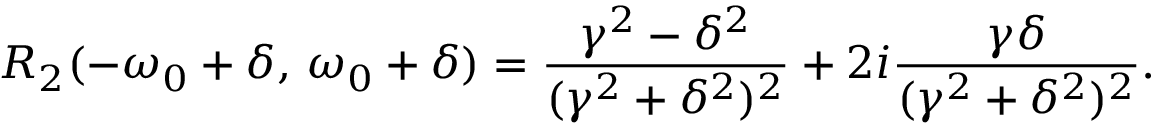
R _ { 2 } ( - \omega _ { 0 } + \delta , \, \omega _ { 0 } + \delta ) = \frac { \gamma ^ { 2 } - \delta ^ { 2 } } { ( \gamma ^ { 2 } + \delta ^ { 2 } ) ^ { 2 } } + 2 i \frac { \gamma \delta } { ( \gamma ^ { 2 } + \delta ^ { 2 } ) ^ { 2 } } .